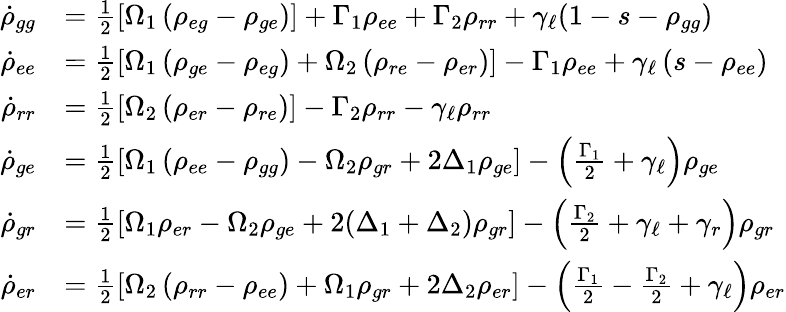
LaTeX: \begin{array}{rl}{\dot{\rho}_{gg}}&{=\frac{1}{2}\left[\Omega_{1}\left(\rho_{eg}-\rho_{ge}\right)\right]+\Gamma_{1}\rho_{ee}+\Gamma_{2}\rho_{rr}+\gamma_{\ell}(1-s-\rho_{gg})}\\ {\dot{\rho}_{ee}}&{=\frac{1}{2}\left[\Omega_{1}\left(\rho_{ge}-\rho_{eg}\right)+\Omega_{2}\left(\rho_{re}-\rho_{er}\right)\right]-\Gamma_{1}\rho_{ee}+\gamma_{\ell}\left(s-\rho_{ee}\right)}\\ {\dot{\rho}_{rr}}&{=\frac{1}{2}\left[\Omega_{2}\left(\rho_{er}-\rho_{re}\right)\right]-\Gamma_{2}\rho_{rr}-\gamma_{\ell}\rho_{rr}}\\ {\dot{\rho}_{ge}}&{=\frac{1}{2}\left[\Omega_{1}\left(\rho_{ee}-\rho_{gg}\right)-\Omega_{2}\rho_{gr}+2\Delta_{1}\rho_{ge}\right]-\left(\frac{\Gamma_{1}}{2}+\gamma_{\ell}\right)\rho_{ge}}\\ {\dot{\rho}_{gr}}&{=\frac{1}{2}\left[\Omega_{1}\rho_{er}-\Omega_{2}\rho_{ge}+2(\Delta_{1}+\Delta_{2})\rho_{gr}\right]-\left(\frac{\Gamma_{2}}{2}+\gamma_{\ell}+\gamma_{r}\right)\rho_{gr}}\\ {\dot{\rho}_{er}}&{=\frac{1}{2}\left[\Omega_{2}\left(\rho_{rr}-\rho_{ee}\right)+\Omega_{1}\rho_{gr}+2\Delta_{2}\rho_{er}\right]-\left(\frac{\Gamma_{1}}{2}-\frac{\Gamma_{2}}{2}+\gamma_{\ell}\right)\rho_{er}}\end{array}